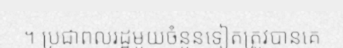
។ ប្រជាពលរដ្ឋមួយចំនួនទៀតត្រូវបានគេ